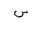
Letter: _sin